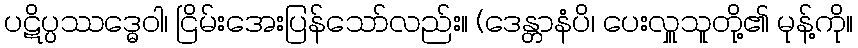
ပဋိပ္ပဿဒ္ဓေဝါ၊ ငြိမ်းအေးပြန်သော်လည်း။ (ဒေန္တာနံပိ၊ ပေးလှူသူတို့၏ မုန့်ကို။